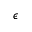
\epsilon